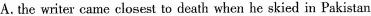
A. the writer came closest to death when he skied in Pakistan